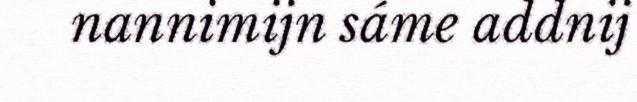
nannimijn sáme addnij